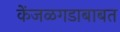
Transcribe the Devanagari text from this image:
केंजळगडाबाबत